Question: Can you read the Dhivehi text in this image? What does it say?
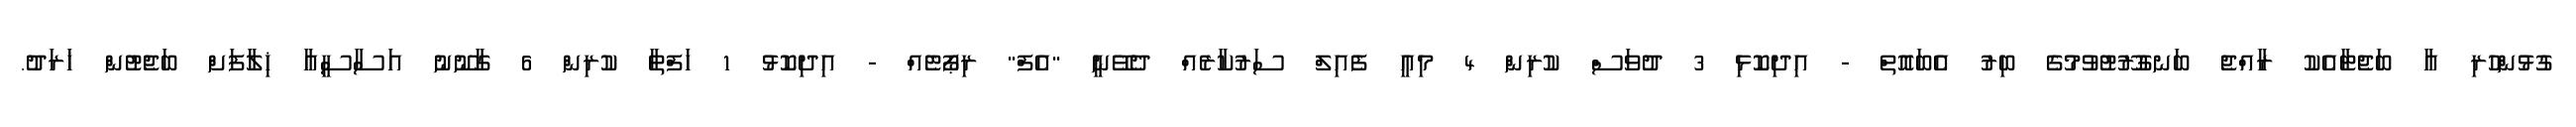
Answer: ގުޅުންހުރި އާ ބަޖެޓާއެކު ރާއްޖެ ބަނގުރޫޓުވުމުގެ ބިރު އެބައޮތް - އިދިކޮޅި 3 ދުވަސް ކުރިން 4 މިއީ ފެއިލް ސަރުކާރެއް ދެވޭނީ "އެފް" ރިޕޯޓެއް - އިދިކޮޅު 1 ހަފްތާ ކުރިން 6 ގާނޫނު އަސާސީއާ ޚިލާފަށް ބަޖެޓުން ޚަރަދު.